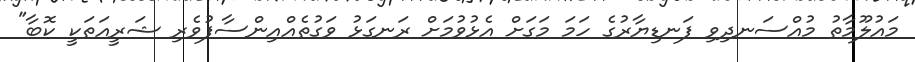
މައުލޫމާތު މުއްސަނދިވި ފަނޑިޔާރުގެ ހަމަ މަގަށް އެޅުވުމަށް ރަނގަޅު ވަގުތެއްއިންސާފުވެރި ޝަރީއަތަކީ ކޮބާ"